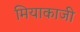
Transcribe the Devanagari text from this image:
मियाकाजी